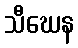
သီဃေန